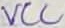
Text: VCC